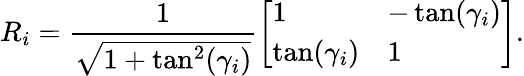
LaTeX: R_{i}={\frac{1}{\sqrt{1+\tan^{2}(\gamma_{i})}}}{\left[\begin{array}{ll}{1}&{-\tan(\gamma_{i})}\\ {\tan(\gamma_{i})}&{1}\end{array}\right]}.